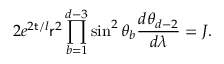
2 e ^ { 2 { \sf t } / l } { \sf r } ^ { 2 } \prod _ { b = 1 } ^ { d - 3 } \sin ^ { 2 } \theta _ { b } \frac { d \theta _ { d - 2 } } { d \lambda } = J .